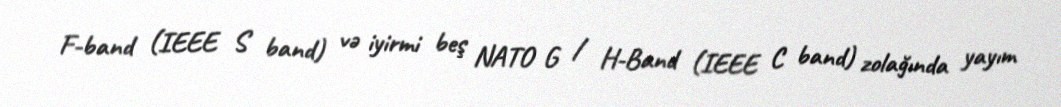
F-band (IEEE S band) və iyirmi beş NATO G / H-Band (IEEE C band) zolağında yayım